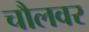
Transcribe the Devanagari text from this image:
चौलवर